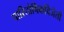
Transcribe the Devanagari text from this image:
पारितोषिकविजेती